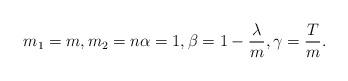
LaTeX: \begin{align*} m_1 = m, m_2 = n \alpha = 1, \beta = 1 - \frac{\lambda}{m}, \gamma = \frac{T}{m} .\end{align*}